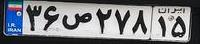
۳۶ص۲۷۸۱۵